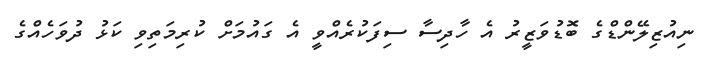
ނިއުޒިލޭންޑްގެ ބޮޑުވަޒީރު އެ ހާދިސާ ސިފަކުރެއްވީ އެ ގައުމަށް ކުރިމަތިވި ކަޅު ދުވަހެއްގެ